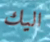
اليك